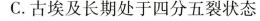
C.古埃及长期处于四分五裂状态